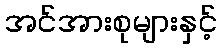
အင်အားစုများနှင့်